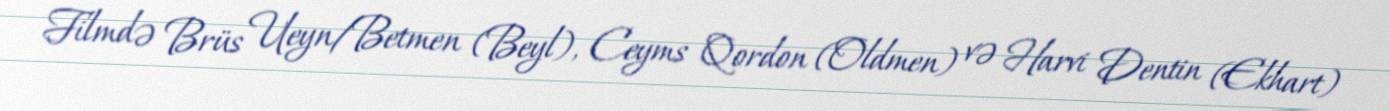
Filmdə Brüs Ueyn/Betmen (Beyl), Ceyms Qordon (Oldmen) və Harvi Dentin (Ekhart)